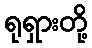
ရုရှားတို့